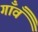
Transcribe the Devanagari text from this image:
गाँवँ